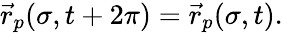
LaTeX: \vec{r}_{p}(\sigma,t+2\pi)=\vec{r}_{p}(\sigma,t).